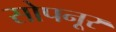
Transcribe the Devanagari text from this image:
सोपनूर